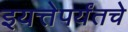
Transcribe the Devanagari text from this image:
इयत्तेपर्यंतचे